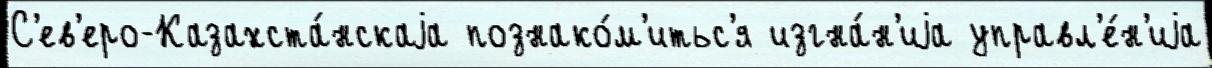
С'ев'еро-Казахста́нскаjа познако́м'итьс'я изгна́н'иjа управл'е́н'иjа